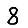
Digit: 8